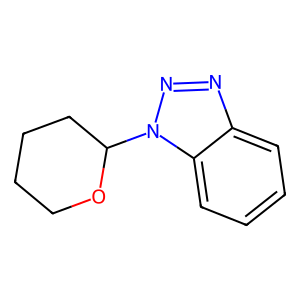
SMILES: c1ccc2c(c1)nnn2C1CCCCO1
Inhibits HIV replication: No